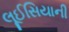
લૂઈસિયાની